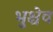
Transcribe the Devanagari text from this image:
भुश्चेव